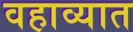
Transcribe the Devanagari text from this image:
वहाव्यात